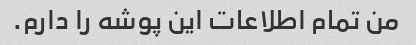
من تمام اطلاعات این پوشه را دارم.